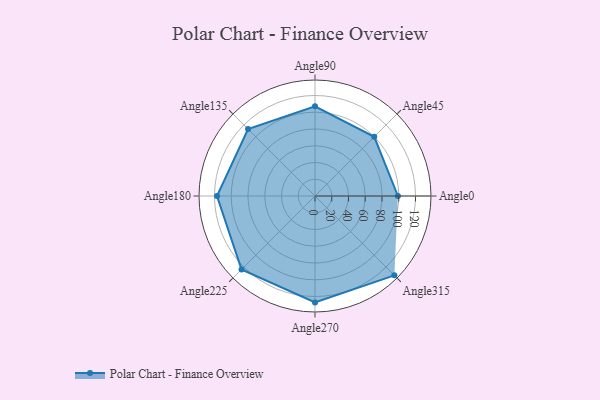
{"axis": {"x": "Angle", "y": "Radius"}, "legend": [""], "data": [{"x": "Angle0", "y": 99.0, "type": ""}, {"x": "Angle45", "y": 100.0, "type": ""}, {"x": "Angle90", "y": 107.0, "type": ""}, {"x": "Angle135", "y": 113.0, "type": ""}, {"x": "Angle180", "y": 117.0, "type": ""}, {"x": "Angle225", "y": 124.0, "type": ""}, {"x": "Angle270", "y": 127.0, "type": ""}, {"x": "Angle315", "y": 134.0, "type": ""}]}